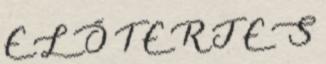
E L Ő T E R J E S